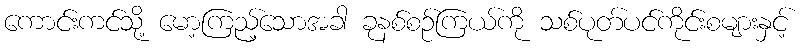
ကောင်းကင်သို့ မော့ကြည့်သောအခါ ခုနစ်စဉ်ကြယ်ကို သစ်ပုတ်ပင်ကိုင်းစများနှင့်